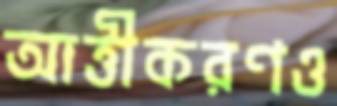
আত্তীকরণও